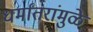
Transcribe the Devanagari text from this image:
धर्मांतरांमुळे